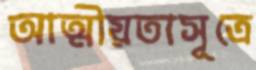
আত্মীয়তাসূত্রে